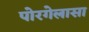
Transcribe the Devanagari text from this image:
पोरगेलासा